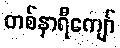
တစ်နာရီကျော်